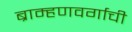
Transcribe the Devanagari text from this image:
ब्राम्हणवर्गाची